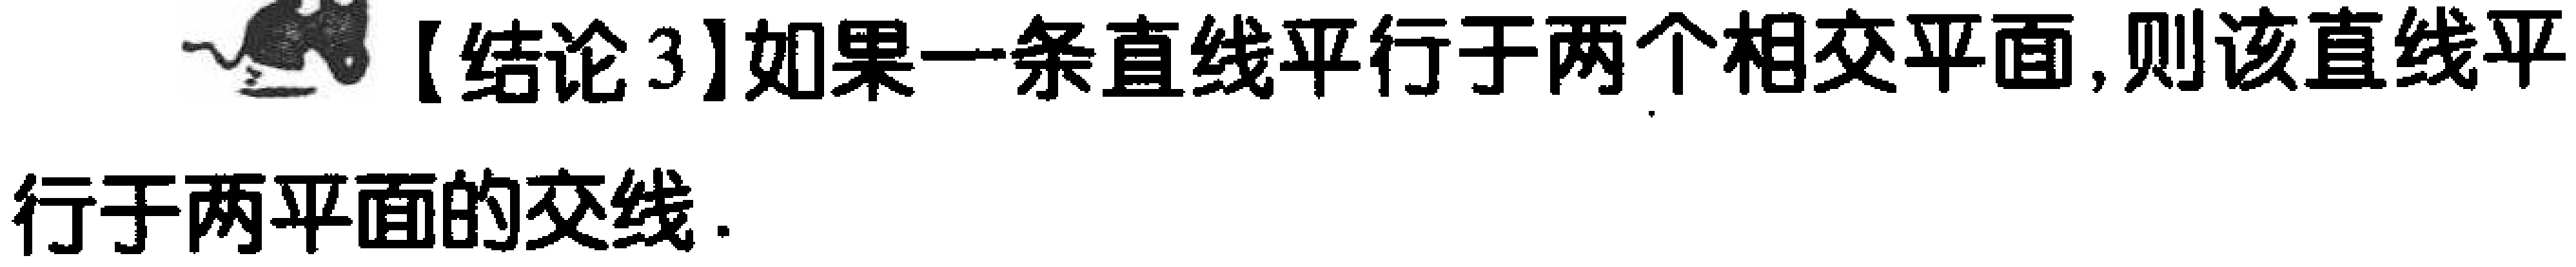
【结论3】如果一条直线平行于两个相交平面, 则该直线平
行于两平面的交线.